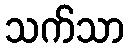
သက်သာ